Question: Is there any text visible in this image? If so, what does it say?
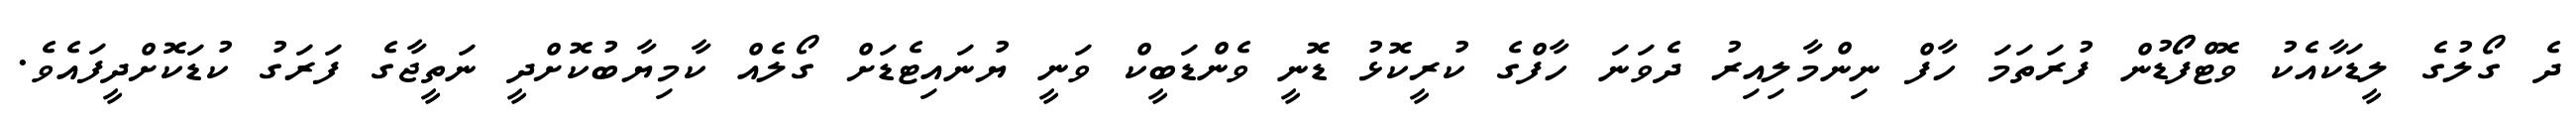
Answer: ދެ ގޯލުގެ ލީޑަކާއެކު ވޮޓްފޯޯޑުން ފުރަތަމަ ހާފް ނިންމާލިއިރު ދެވަނަ ހާފްގެ ކުރީކޮޅު ޑޮނީ ވެންޑަބީކް ވަނީ ޔުނައިޓެޑަށް ގޯލެއް ކާމިޔާބުކޮށްދީ ނަތީޖާގެ ފަރަގު ކުޑަކޮށްދީފައެވެ.